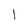
Character: I